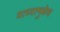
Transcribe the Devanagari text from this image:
याच्यामुळेच